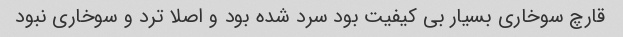
قارچ سوخاری بسیار بی کیفیت بود سرد شده بود و اصلا ترد و سوخاری نبود